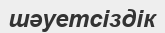
шәуетсіздік